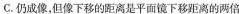
C.仍成像，但像下移的距离是平面镜下移动的两倍